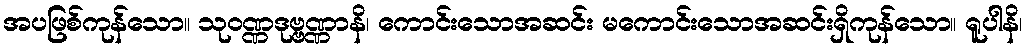
အပဖြစ်ကုန်သော။ သုဝဏ္ဏဒုဗ္ဗဏ္ဏာနိ၊ ကောင်းသောအဆင်း မကောင်းသောအဆင်းရှိကုန်သော။ ရူပါနိ၊